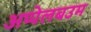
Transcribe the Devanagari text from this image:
अप्पेलबउम